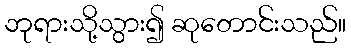
ဘုရားသို့သွား၍ ဆုတောင်းသည်။